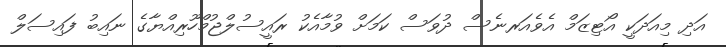
އަދި މިއަދަކީ އޯޓިޒަމް އެވެއަރނެސް ދުވަސް ކަމަށް ވުމާއެކު ރައީސުލްޖުމްހޫރިއްޔާގެ ނައިބު ފައިސަލް